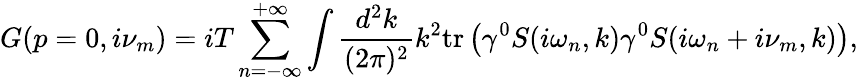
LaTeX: G(p=0,i\nu_{m})=iT\sum_{n=-\infty}^{+\infty}\int\frac{d^{2}k}{(2\pi)^{2}}k^{2}\mathrm{tr}\left(\gamma^{0}S(i\omega_{n},k)\gamma^{0}S(i\omega_{n}+i\nu_{m},k)\right),